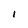
Character: I